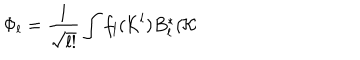
\Phi _ { l } = \frac { 1 } { \sqrt { l ! } } \int f _ { l } ( { \cal K } ^ { l } ) B _ { l } ^ { \ast } ( { \cal K }